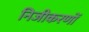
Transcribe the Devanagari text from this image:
निजीकरणों